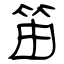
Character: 笛